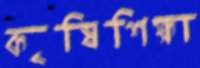
কৃষিশিক্ষা